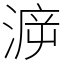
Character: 㴑